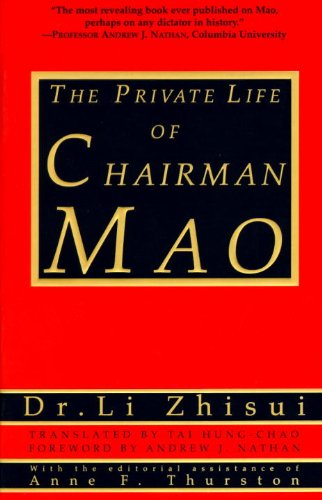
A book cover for The Private Life of Chairman Mao; Li Zhi-Sui; Biographies & Memoirs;